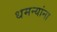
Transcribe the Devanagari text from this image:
धमन्यांना